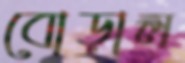
বোড়াল